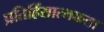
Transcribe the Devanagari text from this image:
प्रतिहिंसात्मकता